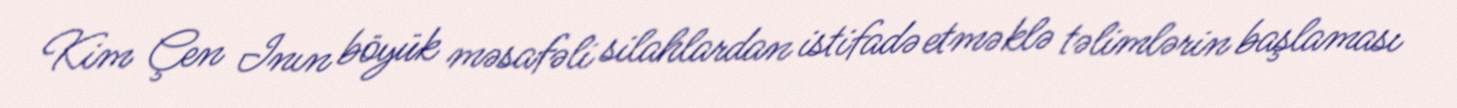
Kim Çen Inın böyük məsafəli silahlardan istifadə etməklə təlimlərin başlaması